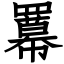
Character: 羃